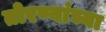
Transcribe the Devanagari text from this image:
तोरण्यांच्या